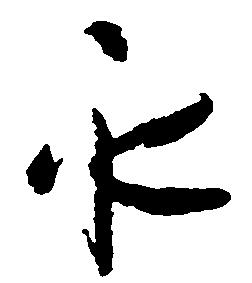
永